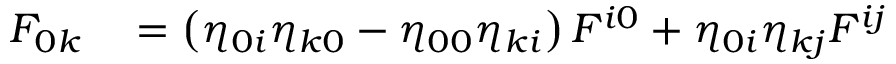
\begin{array} { r l } { F _ { 0 k } } & { { } = \left( \eta _ { 0 i } \eta _ { k 0 } - \eta _ { 0 0 } \eta _ { k i } \right) F ^ { i 0 } + \eta _ { 0 i } \eta _ { k j } F ^ { i j } } \end{array}